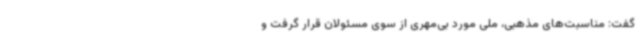
گفت: مناسبت‌های مذهبی، ملی مورد بی‌مهری از سوی مسئولان قرار گرفت و